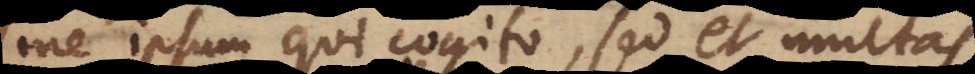
me ipsum qui cogito, sed et multas